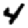
Digit: 4